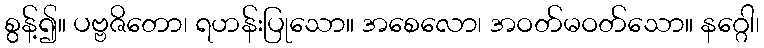
စွန့်၍။ ပဗ္ဗဇိတော၊ ရဟန်းပြုသော။ အစေလော၊ အဝတ်မဝတ်သော။ နဂ္ဂေါ၊